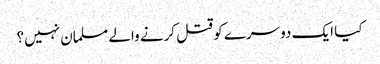
کیا ایک دوسرے کو قتل کرنے والے مسلمان نہیں؟